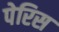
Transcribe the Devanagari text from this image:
पेरिस